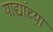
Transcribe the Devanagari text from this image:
याद्यांच्या